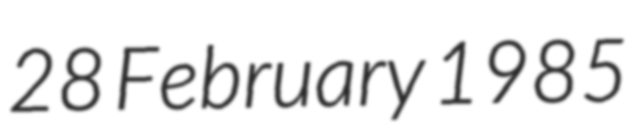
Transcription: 28 February 1985